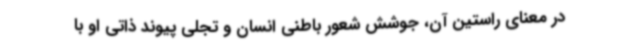
در معنای راستین آن، جوشش شعور باطنی انسان و تجلی پیوند ذاتی او با